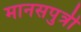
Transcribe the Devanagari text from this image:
मानसपुत्री